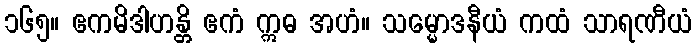
၁၆၅။ ဧကမိဒါဟန္တိ ဧကံ ဣဓ အဟံ။ သမ္မောဒနီယံ ကထံ သာရဏီယံ